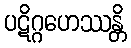
ပဋိဂ္ဂဟေဿန္တိ